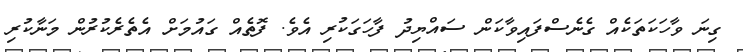
ގިނަ ވާހަކަތަކެއް ގެނެސްފައިވާކަން ސައްޔިދު ފާހަގަކުރި އެވެ. ފޮތެއް ގައުމަށް އެތެރެކުރުން މަނާކުރި